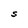
Character: S